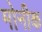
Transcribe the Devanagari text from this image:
मोनीक